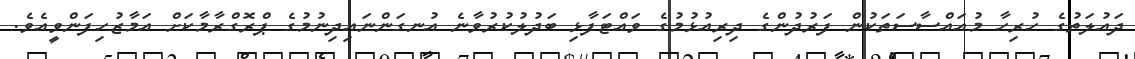
ދައުލަތުގެ ހުރިހާ މުއައްސާސަތަކުން ފަރުދުންގެ ދިރިއުޅުމުގެ ވައްޓަފާޅި ބަދުލުކުރުވާނެ އުނގަންނައިދިނުމުގެ ޕްރޮގްރާމާކަށް އަމާޒުހިފަންވީއެވެ.